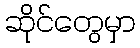
ဆိုင်တွေမှာ